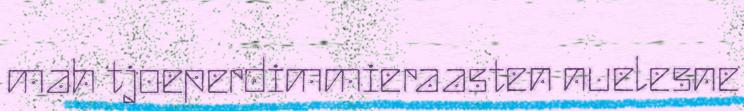
mah tjoeperdimmieraasten nuelesne